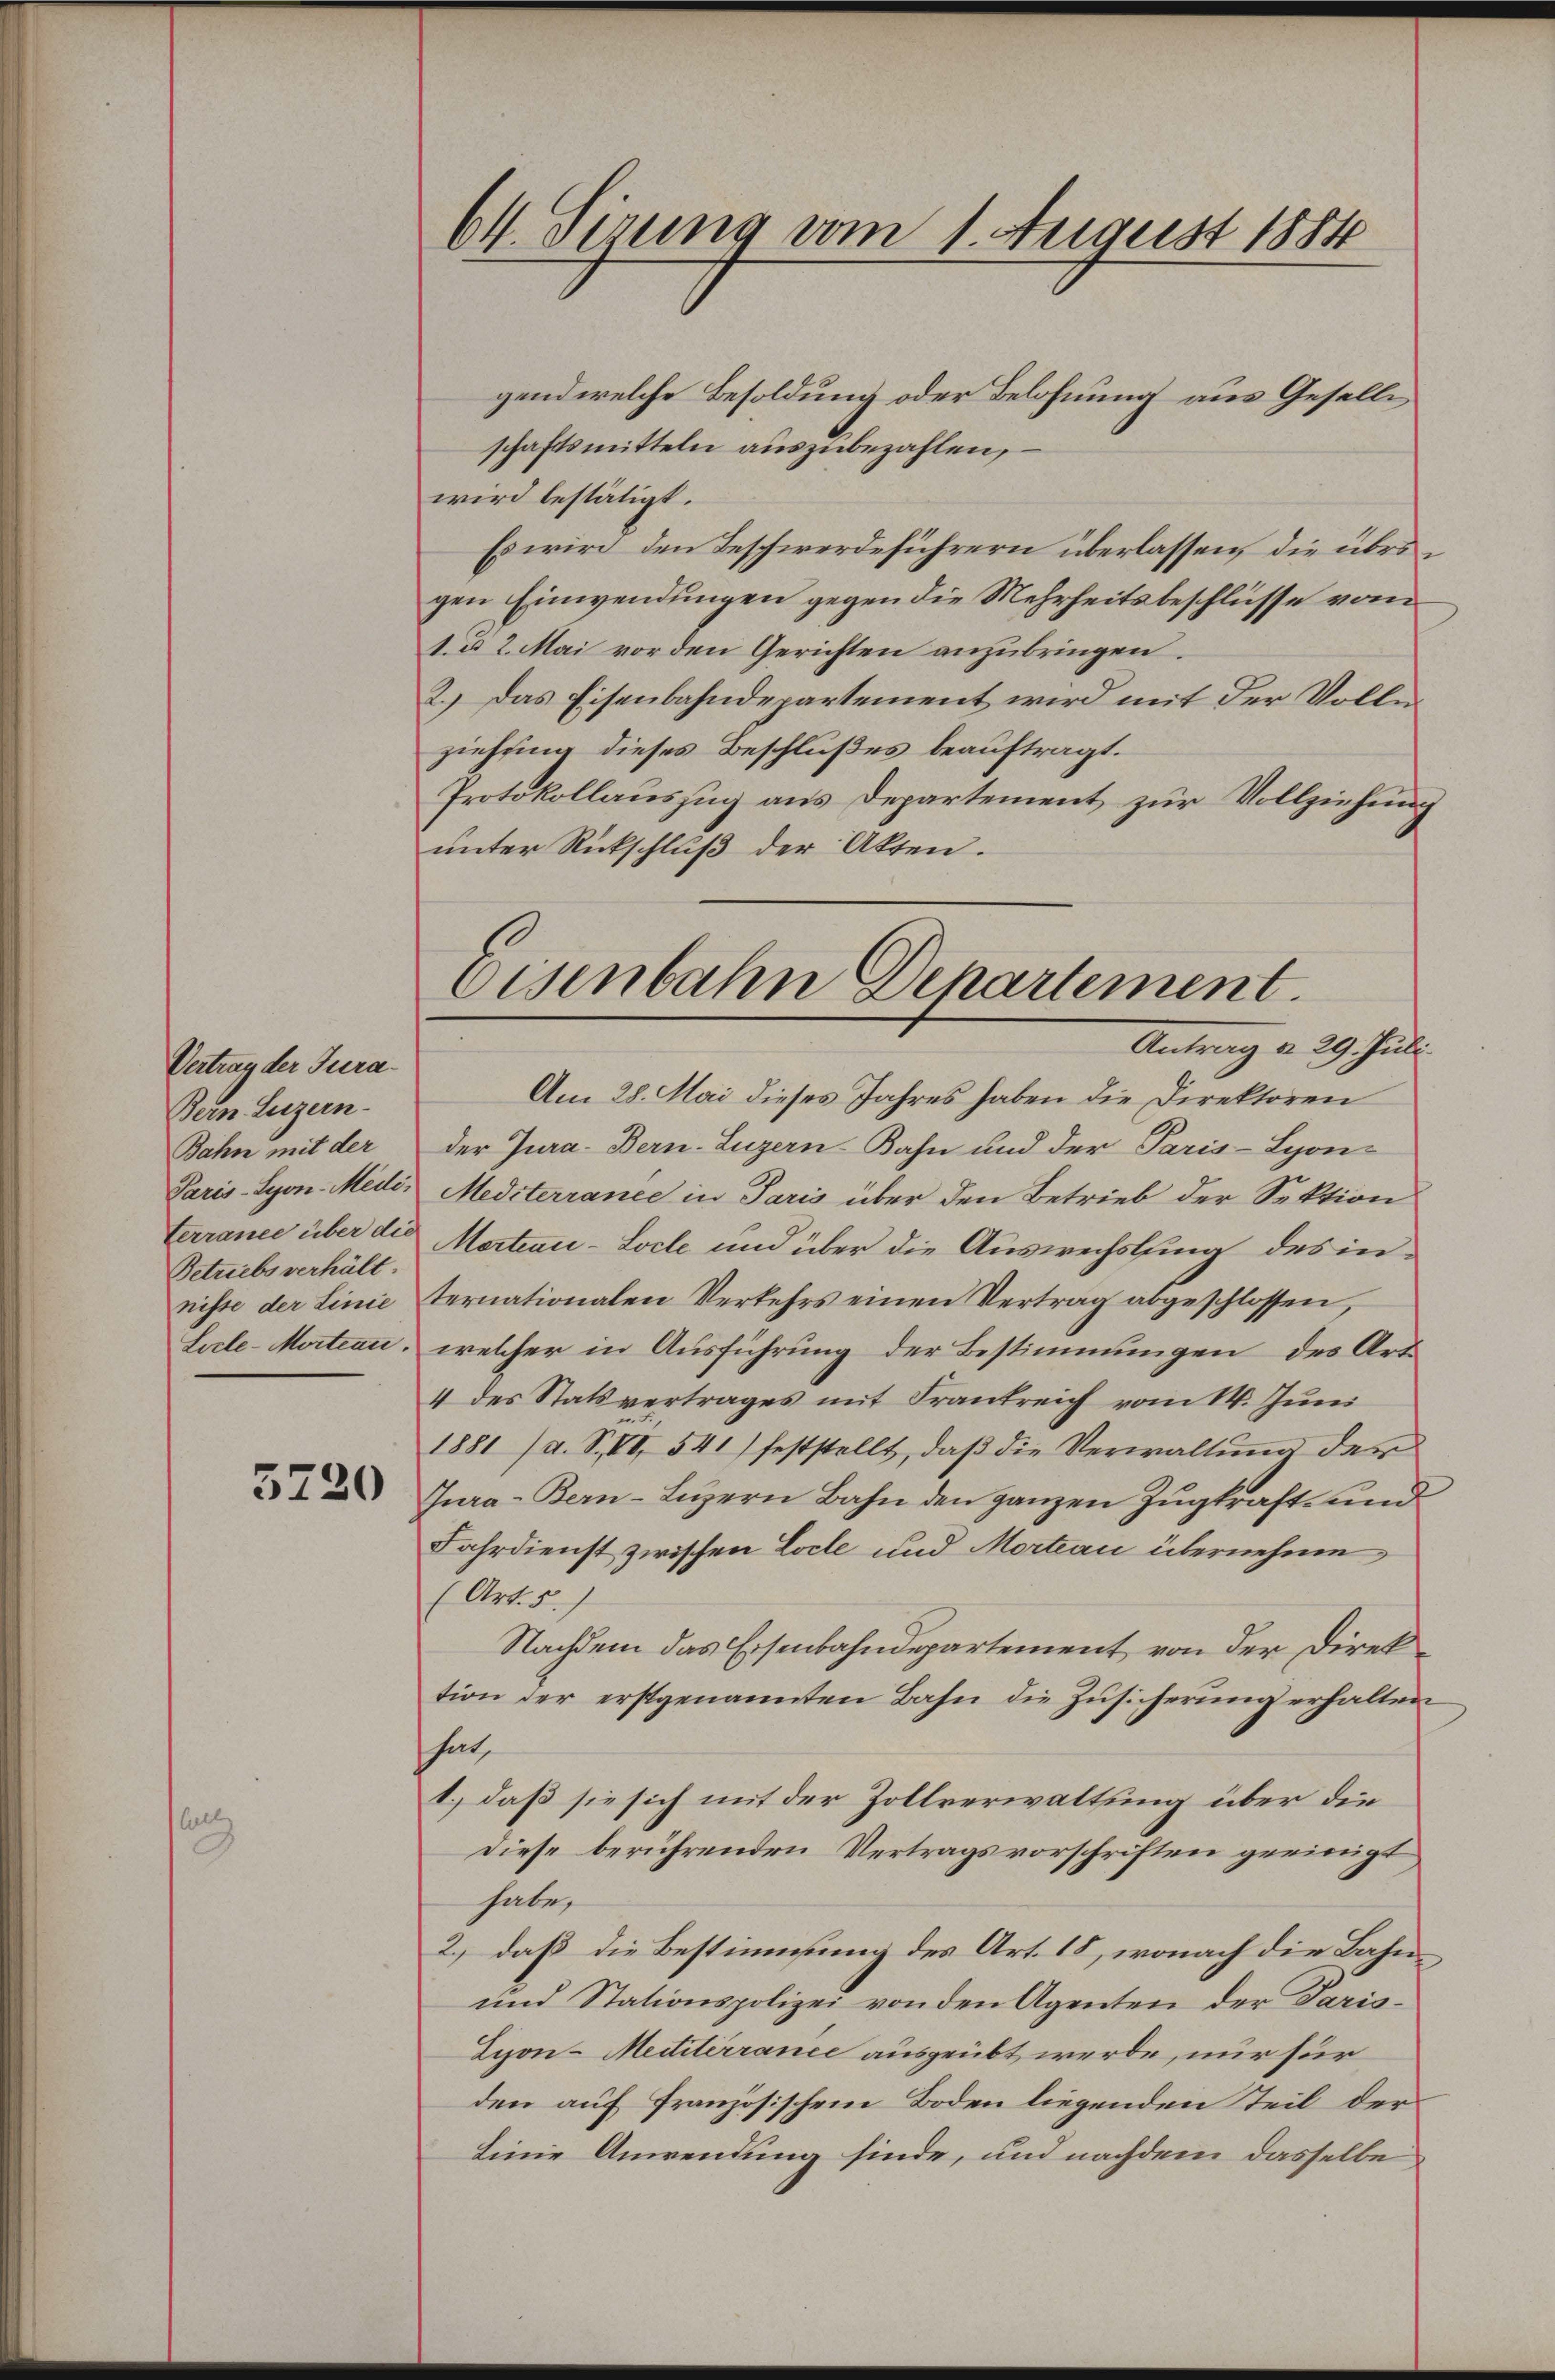
Vertrag der Tura¬
Bern Luzern-
Bahn mit der
Betriebs verhält.
Lecle-Mortian.

3230

64. Sirung vom 1. August 1884

gend welche Besoldung oder Belohnung aus Geselle
schaftsmitteln auszubezahlen,
wird bestätigt.
Es wird den Beschwerdeführern überlassen, die übrigen Einwendungen gegen die Mehrheitsbeschlüsse vom
1. d. 2. Mai vor den Gerichten anzubringen.
2.) Das Eisenbahndepartement wird mit der Volle
ziehung dieses Beschlußes beauftragt.
Protokollauszug aus Departement zur Vollziehung
unter Rückschluß der Akten.
Am 28. Mai dieses Jahres haben die Direktoren
Der Jura - Bern. Luzern Bahn und der Paris-Syon-
Paris-Syon-Medi, Mediterrance in Paris über den Betrieb der Sektion
terrance über die Martiau-Loche und über die Auswechslung des innisse der Linie ternationalen Verkehrs einen Vertrag abgeschlossen,
welcher in Ausführung der Bestimmungen des Art
4 des Statsvertrages mit Frankreich vom 14. Juni
1881 (a. S. II 541) feststellt, daß die Verwaltung der
Jura-Bern-Lŭzern Bahn den ganzen Zŭgkraft- und
Fahrdienst zwischen Loche und Mortiau übernehme
(Art. 5.
Nachdem das Eisenbahndepartement von der Direk
tion der erstgenannten Bahn die Zusicherung erhalten
hat,
1.) daß sie sich mit der Zollverwaltung über die
Diese berührenden Vertragsvorschriften geeinigt
habe.
2.) daß die Bestimmung des Art. 18, wonach die Bahn¬
und Stationspolizei von den Agenten der Paris¬
Lion-Meiiterrance ausgeübt werde, nur für
den auf Französischem Boden liegenden Teil der
linie Anwendung finde, und nachdem dasselbe

Eisenbahn Departement.
Antrag d. 29. Juli.